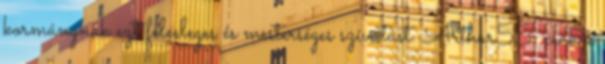
kormánynak ezt felesleges és mesterséges szívatást. Arthur55: csak a